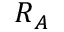
{ \boldsymbol { R } _ { A } }